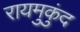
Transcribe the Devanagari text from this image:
रायमुकुंद